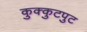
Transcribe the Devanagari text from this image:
कुक्कुटपुट